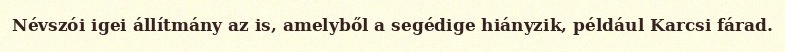
Névszói igei állítmány az is, amelyből a segédige hiányzik, például Karcsi fárad.